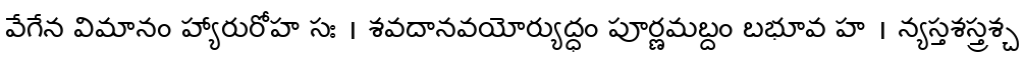
వేగేన విమానం హ్యారురోహ సః । శవదానవయోర్యుద్ధం పూర్ణమబ్దం బభూవ హ । న్యస్తశస్త్రశ్చ